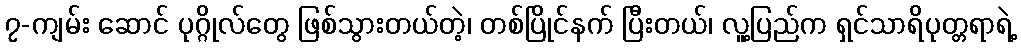
၇-ကျမ်း ဆောင် ပုဂ္ဂိုလ်တွေ ဖြစ်သွားတယ်တဲ့၊ တစ်ပြိုင်နက် ပြီးတယ်၊ လူ့ပြည်က ရှင်သာရိပုတ္တရာရဲ့